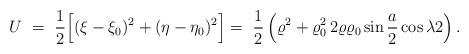
LaTeX: \begin{align*}U\ =\ \frac12\Big[(\xi-\xi_0)^2+(\eta-\eta_0)^2\Big]=\ \frac12 \left(\varrho^2+\varrho^2_0\,2\varrho\varrho_0\sin\frac a2 \cos\lambda2\right).\end{align*}